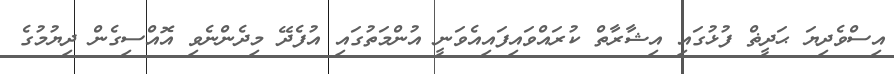
އިސްވެދިޔަ ޙަދީޡް ފުޅުގައި އިޝާރާތް ކުރައްވައިފައިއެވަނީ އުންމަތުގައި އުފެދޭ މިދެންނެވި އޮއްސިގެން ދިޔުމުގެ